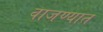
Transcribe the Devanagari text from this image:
वाजण्यात